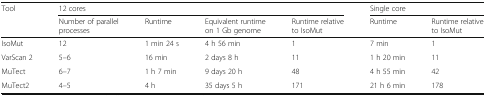
| <ROWSPAN=2> Tool | <COLSPAN=4> 12 cores | <COLSPAN=2> Single core |
 | Number of parallel processes | Runtime | Equivalent runtime on 1 Gb genome | Runtime relative to IsoMut | Runtime | Runtime relative to IsoMut |
 | --- | --- | --- | --- | --- | --- | --- |
 | IsoMut | 12 | 1 min 24 s | 4 h 56 min | 1 | 7 min | 1 |
 | VarScan 2 | 5–6 | 16 min | 2 days 8 h | 11 | 1 h 20 min | 11 |
 | MuTect | 6–7 | 1 h 7 min | 9 days 20 h | 48 | 4 h 55 min | 42 |
 | MuTect2 | 4–5 | 4 h | 35 days 5 h | 171 | 21 h 6 min | 178 |